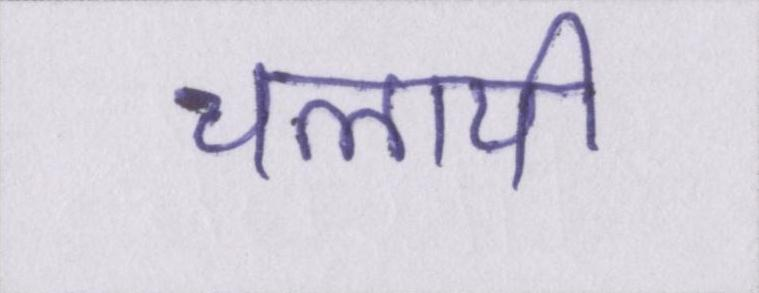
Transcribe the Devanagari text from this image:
चलायी